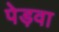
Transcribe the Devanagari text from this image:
पेड़वा